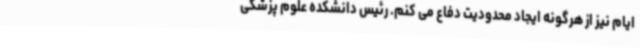
ایام نیز از هرگونه ایجاد محدودیت دفاع می کنم. رئیس دانشکده علوم پزشکی